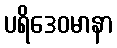
ပရိဒေဝမာနာ